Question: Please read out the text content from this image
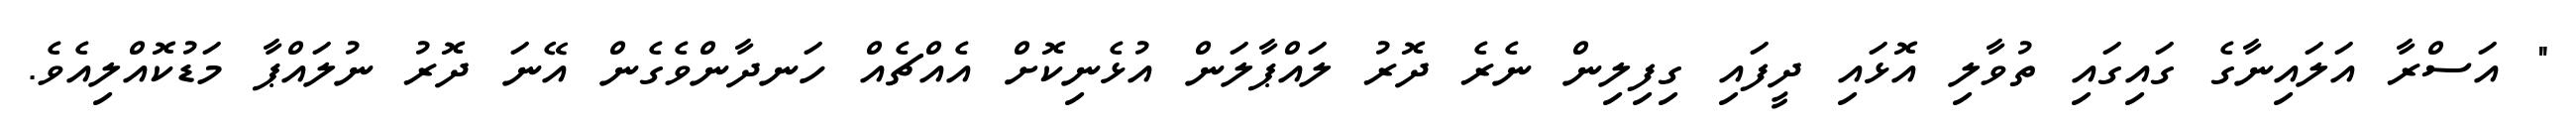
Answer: " އަސްރާ އަލައިނާގެ ގައިގައި ތުވާލި އޮޅައި ދީފައި ގިފިލިން ނެރެ ދޮރު ލައްޕާލަން އުޅެނިކޮށް އެއްޗެއް ހަނދާންވެގެން އޭނަ ދޮރު ނުލައްޕާ މަޑުކޮއްލިއެވެ.